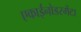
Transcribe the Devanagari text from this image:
एकाईनोडरमेंटा